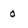
Character: 0